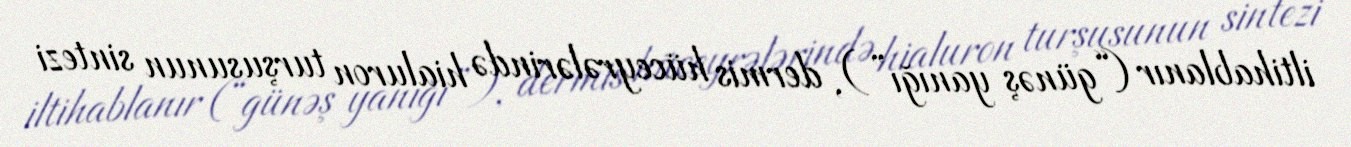
iltihablanır (“günəş yanığı”), dermis hüceyrələrində hialuron turşusunun sintezi